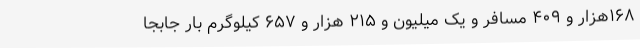
۱۶۸هزار و ۴۰۹ مسافر و یک میلیون و ۲۱۵ هزار و ۶۵۷ کیلوگرم بار جابجا